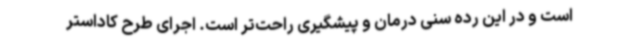
است و در این رده سنی درمان و پیشگیری راحت‌تر است. اجرای طرح کاداستر